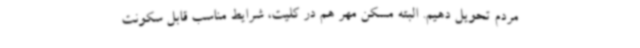
مردم تحویل دهیم. البته مسکن مهر هم در کلیت، شرایط مناسب قابل سکونت